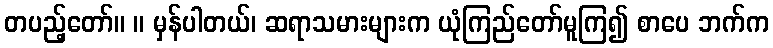
တပည့်တော်။ ။ မှန်ပါတယ်၊ ဆရာသမားများက ယုံကြည်တော်မူကြ၍ စာပေ ဘက်က